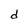
Character: d